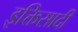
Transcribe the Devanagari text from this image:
इक्तिसादी